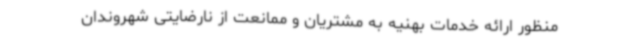
منظور ارائه خدمات بهنیه به مشتریان و ممانعت از نارضایتی شهروندان